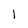
Character: l